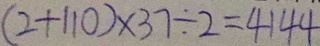
( 2 + 1 1 0 ) \times 3 7 \div 2 = 4 1 4 4